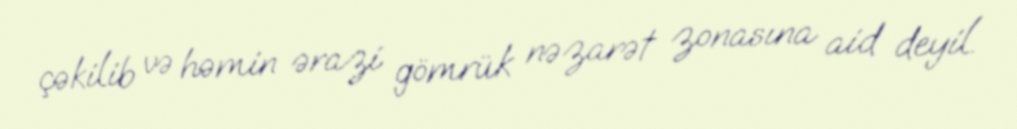
çəkilib və həmin ərazi gömrük nəzarət zonasına aid deyil.